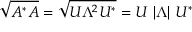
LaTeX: { \sqrt { A ^ { * } A } } = { \sqrt { U \Lambda ^ { 2 } U ^ { * } } } = U \ | \Lambda | \ U ^ { * }